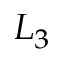
L _ { 3 }